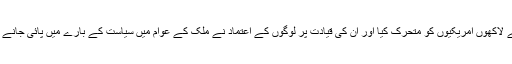
انہوں نے اپنے لبرل پیغام کے ذریعے لاکھوں امریکیوں کو متحرک کیا اور ان کی قیادت پر لوگوں کے اعتماد نے ملک کے عوام میں سیاست کے بارے میں پائی جانے والی گہری مایوسی کو ظاہر کیا ہے۔